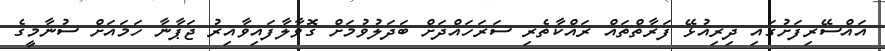
އައްސޭރިފަށުގައި ދިރިއުޅޭ ފަރާތްތައް ރައްކާތެރި ސަރަހައްދަށް ބަދަލުވުމަށް ގޮވާލާފައިވާއިރު ޖަޕާނާ ހަމައަށް ސުނާމީގެ